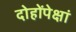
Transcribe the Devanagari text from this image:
दोहोंपेक्षां